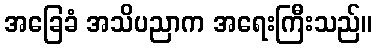
အခြေခံ အသိပညာက အရေးကြီးသည်။